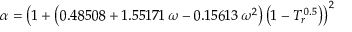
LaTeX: \alpha = \left( 1 + \left( 0 . 4 8 5 0 8 + 1 . 5 5 1 7 1 \, \omega - 0 . 1 5 6 1 3 \, \omega ^ { 2 } \right) \left( 1 - T _ { r } ^ { \, 0 . 5 } \right) \right) ^ { 2 }